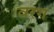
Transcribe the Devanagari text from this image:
वरग